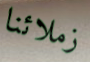
زملائنا